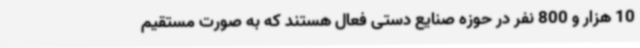
10 هزار و 800 نفر در حوزه صنایع دستی فعال هستند که به صورت مستقیم